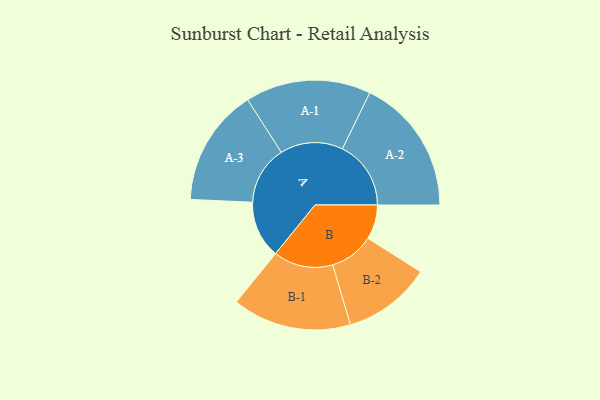
{"axis": {"x": "Segment", "y": "Value"}, "legend": ["", "A", "B"], "data": [{"x": "A", "y": 209, "type": ""}, {"x": "B", "y": 126, "type": ""}, {"x": "A-1", "y": 229, "type": "A"}, {"x": "A-2", "y": 250, "type": "A"}, {"x": "A-3", "y": 214, "type": "A"}, {"x": "B-1", "y": 217, "type": "B"}, {"x": "B-2", "y": 161, "type": "B"}]}